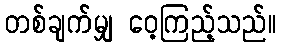
တစ်ချက်မျှ ဝေ့ကြည့်သည်။